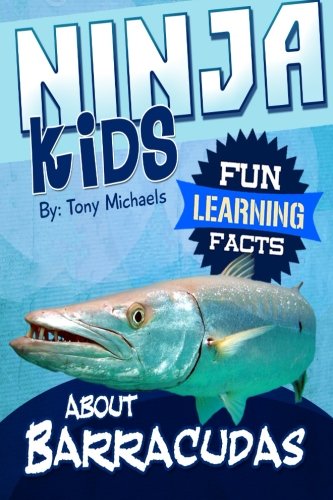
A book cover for Fun Learning Facts About Barracudas: Illustrated Fun Learning For Kids (Ninja Kids) (Volume 1); Tony Michaels; Children's Books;